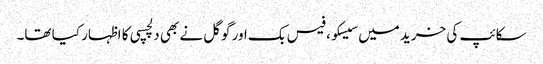
سکائپ کی خرید میں سیسکو، فیس بک اور گوگل نے بھی دلچسپی کا اظہار کیا تھا۔